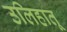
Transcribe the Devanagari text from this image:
उलिहातू